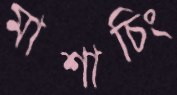
মাশাচিং